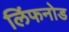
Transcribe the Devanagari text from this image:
लिंफनोड